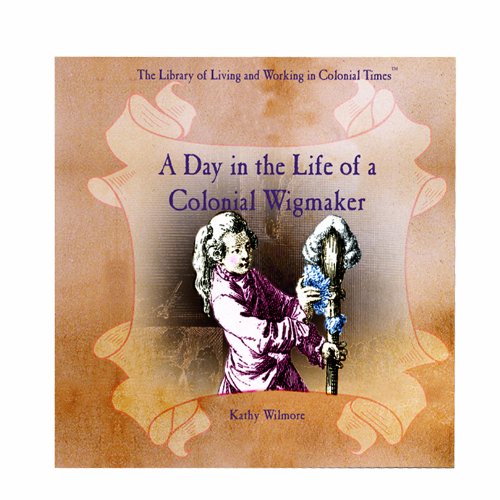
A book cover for A Day in the Life of a Colonial Wigmaker (Library of Living and Working in Colonial Times); Kathy Wilmore; Health, Fitness & Dieting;